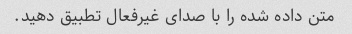
متن داده شده را با صدای غیرفعال تطبیق دهید.